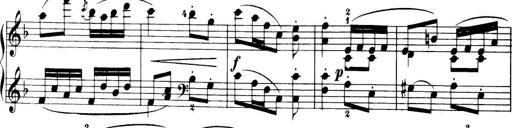
Title: 32 Sonatinas and Rondos for the Piano
Composer: Richard Kleinmichel